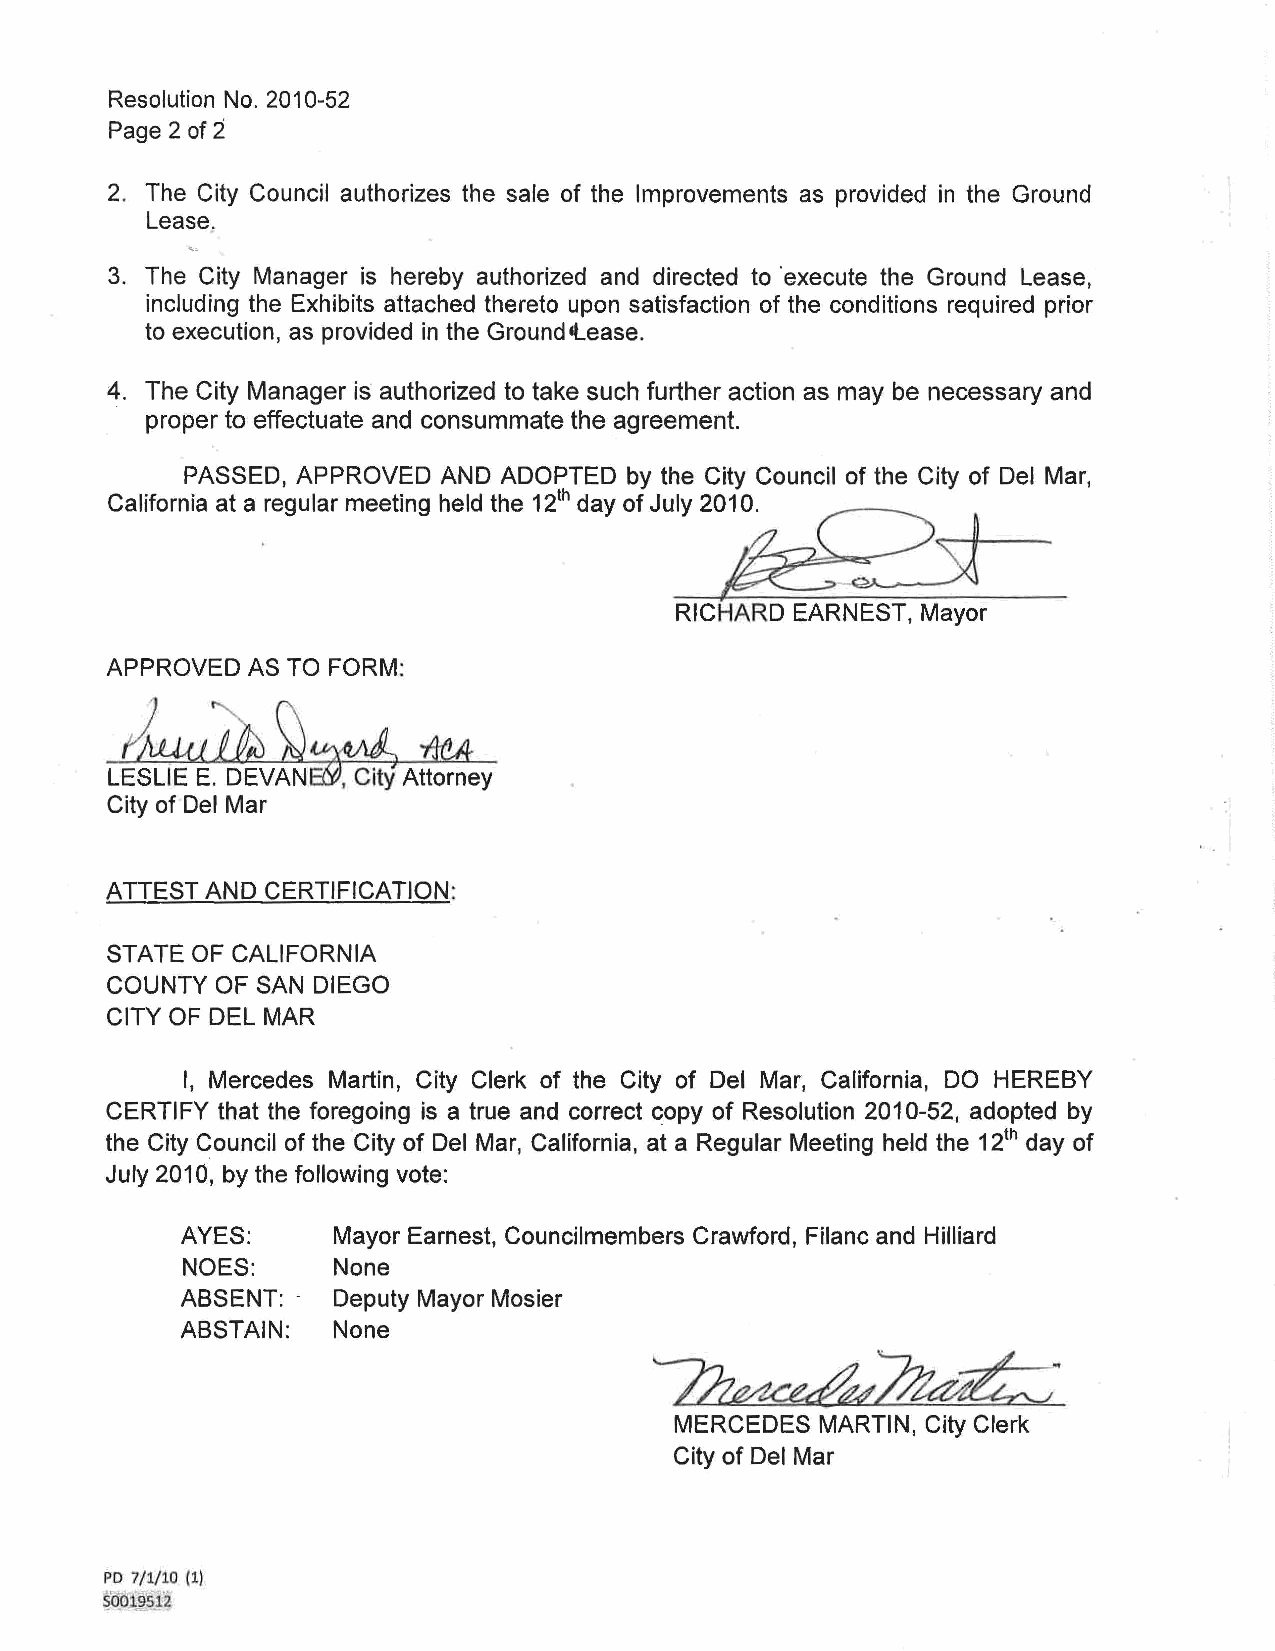
Resolution No. 2010-52
 Page 2 of 2
 2. The City Council authorizes the sale of the Improvements as provided in the Ground
 Lease.
 3. The City Manager is hereby authorized and directed to ·execute the Ground Lease,
 including the Exhibits attached thereto upon satisfaction of the conditions required prior
 to execution, as provided in the Ground 'Lease.
 4. The City Manager is authorized to take such further action as may be necessary and
 proper to effectuate and consummate the agreement.
 PASSED, APPROVED AND ADOPTED  by the City Council of the City of Del Mar,
 California at a regular meeting held the 12~ day of July 2~ ' - - -
 RICHARD EARNEST, Mayor
 APPROVED AS TO FORM:
 Jmgl,J~~
 rlM
 LESLIE E. DEVAN~    Attorney
 City of Del Mar
 ATTEST AND CERTIFICATION:
 STATE OF CALIFORNIA
 COUNTY OF SAN DIEGO
 CITY OF DEL MAR
 I, Mercedes Martin, City Clerk of the City of Del Mar, California, DO HEREBY
 CERTIFY that the foregoing is a true and correct copy of Resolution 2010-52, adopted by
 ih
 the City Council of the City of Del Mar, California, at a Regular Meeting held the 1 day of
 July 2010, by the following vote:
 AYES:     Mayor Earnest, Councilmembers Crawford, Filanc and Hilliard
 NOES:     None
 ABSENT: - Deputy Mayor Mosier
 ABSTAIN:  None
 ~~~
 MERCEDES MARTIN, City Clerk
 City of Del Mar
 PD 7/1/10 (1)
 ~001,~s1"i